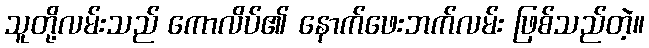
သူတို့လမ်းသည် ကောလိပ်၏ နောက်ဖေးဘက်လမ်း ဖြစ်သည်တဲ့။